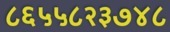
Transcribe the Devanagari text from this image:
८६५५८२३७४८